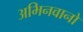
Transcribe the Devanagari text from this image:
अभिनवानो